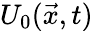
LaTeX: U_{0}(\vec{x},t)